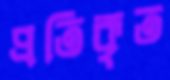
প্রতিকৃত